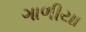
ગાળીયા